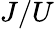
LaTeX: J/U